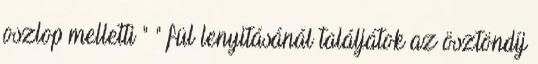
oszlop melletti " " fül lenyitásánál találjátok az ösztöndíj